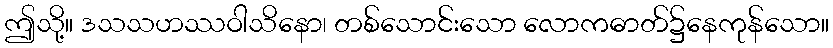
ဤသို့။ ဒသသဟဿဝါသိနော၊ တစ်သောင်းသော လောကဓာတ်၌နေကုန်သော။